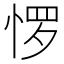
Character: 𰑫